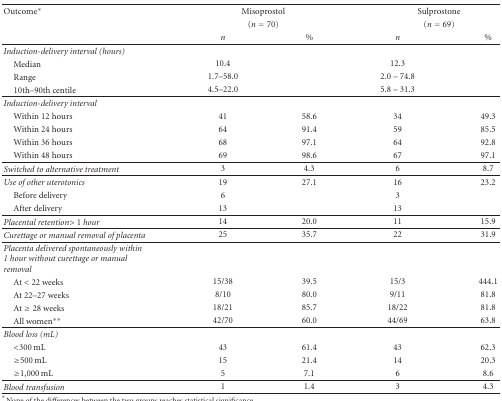
| Outcome* | <COLSPAN=2> Misoprostol | <COLSPAN=2> Sulprostone |
 |  | <COLSPAN=2> (n = 70) | <COLSPAN=2> (n = 69) |
 |  | n | % | n | % |
 | --- | --- | --- | --- | --- |
 | Induction-delivery interval (hours) |  |  |  |  |
 | Median | 10.4 |  | 12.3 |  |
 | Range | 1.7–58.0 |  | 2.0 – 74.8 |  |
 | 10th–90th centile | 4.5–22.0 |  | 5.8 – 31.3 |  |
 | Induction-delivery interval |  |  |  |  |
 | Within 12 hours | 41 | 58.6 | 34 | 49.3 |
 | Within 24 hours | 64 | 91.4 | 59 | 85.5 |
 | Within 36 hours | 68 | 97.1 | 64 | 92.8 |
 | Within 48 hours | 69 | 98.6 | 67 | 97.1 |
 | Switched to alternative treatment | 3 | 4.3 | 6 | 8.7 |
 | Use of other uterotonics | 19 | 27.1 | 16 | 23.2 |
 | Before delivery | 6 |  | 3 |  |
 | After delivery | 13 |  | 13 |  |
 | Placental retention> 1 hour | 14 | 20.0 | 11 | 15.9 |
 | Curettage or manual removal of placenta | 25 | 35.7 | 22 | 31.9 |
 | Placenta delivered spontaneously within 1 hour without curettage or manual removal |  |  |  |  |
 | At < 22 weeks | 15/38 | 39.5 | 15/3 | 444.1 |
 | At 22–27 weeks | 8/10 | 80.0 | 9/11 | 81.8 |
 | At ≥ 28 weeks | 18/21 | 85.7 | 18/22 | 81.8 |
 | All women** | 42/70 | 60.0 | 44/69 | 63.8 |
 | Blood loss (mL) |  |  |  |  |
 | <300 mL | 43 | 61.4 | 43 | 62.3 |
 | ≥500 mL | 15 | 21.4 | 14 | 20.3 |
 | ≥1,000 mL | 5 | 7.1 | 6 | 8.6 |
 | Blood transfusion | 1 | 1.4 | 3 | 4.3 |